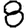
Digit: 8